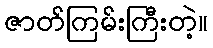
ဇာတ်ကြမ်းကြီးတဲ့။